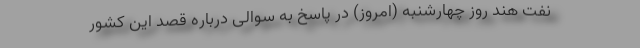
نفت هند روز چهارشنبه (امروز) در پاسخ به سوالی درباره قصد این کشور